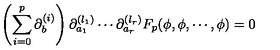
\left( \sum _ { i = 0 } ^ { p } \partial _ { b } ^ { ( i ) } \right) \partial _ { a _ { 1 } } ^ { ( l _ { 1 } ) } \cdots \partial _ { a _ { r } } ^ { ( l _ { r } ) } F _ { p } ( \phi , \phi , \cdots , \phi ) = 0